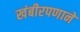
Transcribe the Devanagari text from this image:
खंबीरपणाने